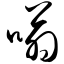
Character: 嗡